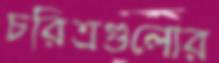
চরিত্রগুলোর